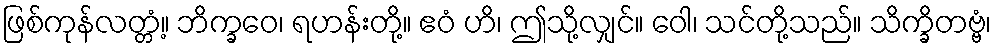
ဖြစ်ကုန်လတ္တံ့။ ဘိက္ခဝေ၊ ရဟန်းတို့။ ဧဝံ ဟိ၊ ဤသို့လျှင်။ ဝေါ၊ သင်တို့သည်။ သိက္ခိတဗ္ဗံ၊